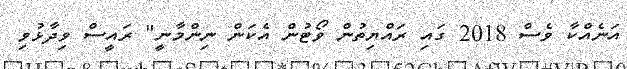
އަނެއްކާ ވެސް 2018 ގައި ރައްޔިތުން ވޯޓުން އެކަން ނިންމާނީ" ރައީސް ވިދާޅުވި